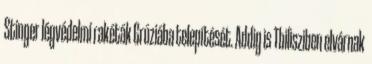
Stinger légvédelmi rakéták Grúziába telepítését. Addig is Tbilisziben elvárnak